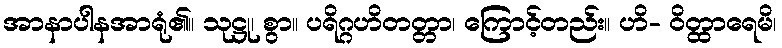
အာနာပါနအာရုံ၏။ သုဋ္ဌု၊ စွာ။ ပရိဂ္ဂဟိတတ္တာ၊ ကြောင့်တည်း။ ဟိ- ဝိတ္ထာရေမိ၊